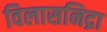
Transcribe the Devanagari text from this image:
विलासनिद्रा